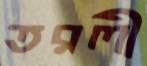
তরলী